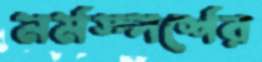
মর্মস্পর্শের